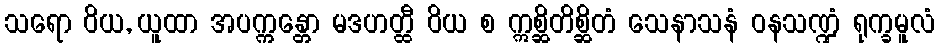
သရော ဝိယ, ယူထာ အပက္ကန္တော မဒဟတ္ထီ ဝိယ စ ဣစ္ဆိတိစ္ဆိတံ သေနာသနံ ဝနသဏ္ဍံ ရုက္ခမူလံ